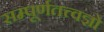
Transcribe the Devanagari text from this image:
सम्पूर्णतत्त्वज्ञो